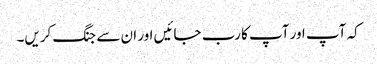
کہ آپ اور آپ کا رب جائیں اور ان سے جنگ کریں۔